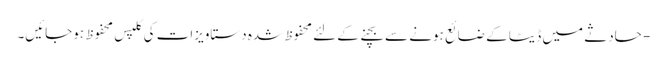
- حادثے میں ڈیٹا کے ضائع ہونے سے بچنے کے لئے محفوظ شدہ دستاویزات کی کلپس محفوظ ہوجائیں۔